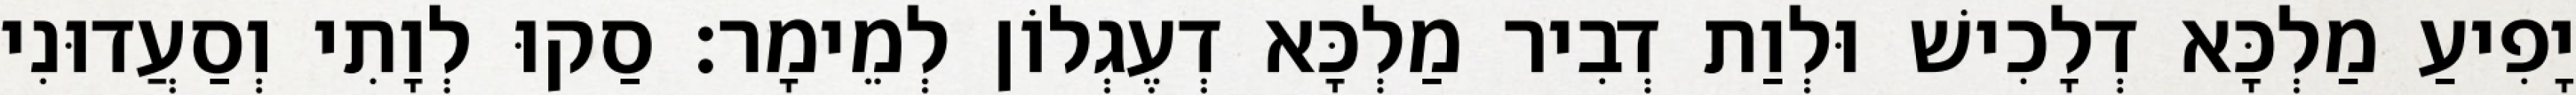
יָפִיעַ מַלְכָּא דְלָכִישׁ וּלְוַת דְבִיר מַלְכָּא דְעֶגְלוֹן לְמֵימָר׃ סַקוּ לְוָתִי וְסַעֲדוּנִי